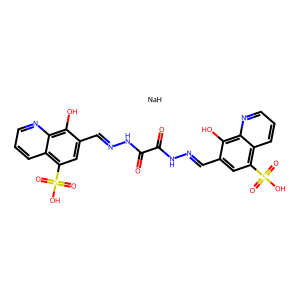
SMILES: O=C(NN=Cc1cc(S(=O)(=O)O)c2cccnc2c1O)C(=O)NN=Cc1cc(S(=O)(=O)O)c2cccnc2c1O.[NaH]
Inhibits HIV replication: No